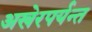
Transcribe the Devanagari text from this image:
अखेरपर्यन्त